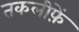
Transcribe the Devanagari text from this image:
तकलीफ़ें